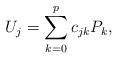
LaTeX: \begin{align*}U_j=\sum_{k=0}^p c_{jk}P_k,\end{align*}